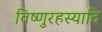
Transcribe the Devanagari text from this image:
विष्णुरहस्यादि